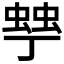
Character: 𧌾